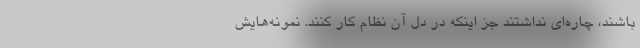
باشند، چاره‌اي نداشتند جز اينكه در دل آن نظام كار كنند. نمونه‌هايش